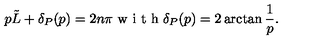
p \tilde { L } + \delta _ { P } ( p ) = 2 n \pi \textrm { w i t h } \delta _ { P } ( p ) = 2 \arctan \frac { 1 } { p } .